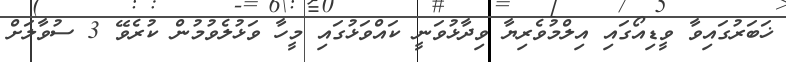
ޚަބަރުގައިވާ ވީޑިއޯގައި އިލްމުވެރިޔާ ވިދާޅުވަނީ ކައްވަޅުގައި މީހާ ވަޅުލެވުމުން ކުރެވޭ 3 ސުވާލަށް